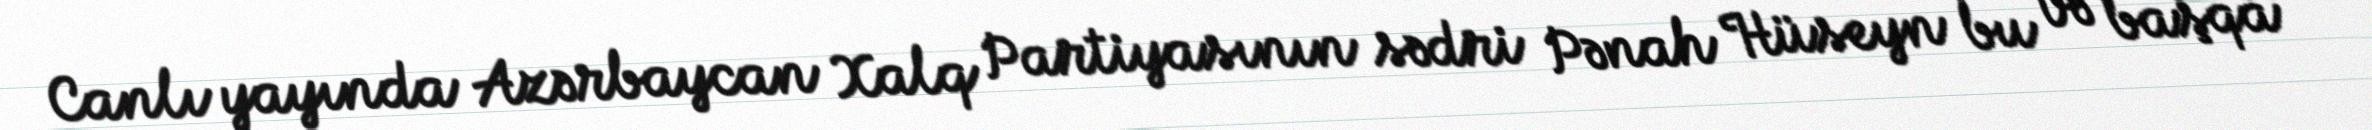
Canlı yayında Azərbaycan Xalq Partiyasının sədri Pənah Hüseyn bu və başqa